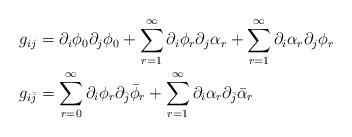
LaTeX: \begin{align*}g_{ij}&=\partial_i \phi_0\partial_j \phi_0+\sum_{r=1}^{\infty} \partial_i \phi_r \partial_{j}\alpha_r+\sum_{r=1}^{\infty} \partial_i \alpha_r \partial_{j} \phi_r \\g_{i\bar{j}}&=\sum_{r=0}^{\infty} \partial_i \phi_r \partial_{\bar{j}} \bar{\phi}_r+\sum_{r=1}^{\infty} \partial_i \alpha_r \partial_{\bar{j}} \bar{\alpha}_r \end{align*}